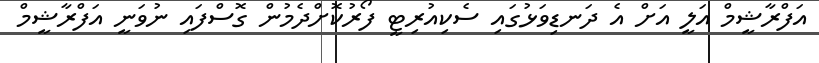
އަފްރާޝީމް އަލީ އަށް އެ ދަނޑިވަޅުގައި ސެކިއުރިޓީ ފޯރުކޮށްދެމުން ގޮސްފައި ނުވަނީ އަފްރާޝީމް